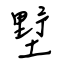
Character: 墅